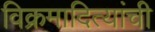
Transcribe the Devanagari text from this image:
विक्रमादित्यांची